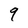
Character: 9